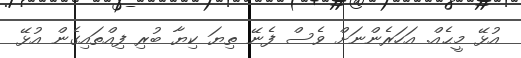
އުޅޭ މީޙެއް. އަހަރެންނަށް ވެސް ފެނޭ ތިޔަ ކިޔާ ބުރި ފިއްތައިގެން އުޅޭ